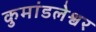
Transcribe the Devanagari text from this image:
कुमांडलेश्वर